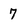
Character: 7